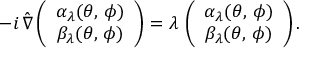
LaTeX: - i \, \hat { \nabla } \left( \begin{array} { c } { { \alpha _ { \lambda } ( \theta , \, \phi ) } } \\ { { \beta _ { \lambda } ( \theta , \, \phi ) } } \end{array} \right) = \lambda \, \left( \begin{array} { c } { { \alpha _ { \lambda } ( \theta , \, \phi ) } } \\ { { \beta _ { \lambda } ( \theta , \, \phi ) } } \end{array} \right) .